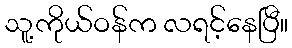
သူ့ကိုယ်ဝန်က လရင့်နေပြီ။